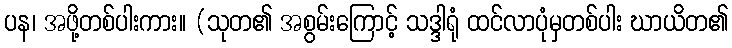
ပန၊ အဖို့တစ်ပါးကား။ (သုတ၏ အစွမ်းကြောင့် သဒ္ဒါရုံ ထင်လာပုံမှတစ်ပါး ဃာယိတ၏